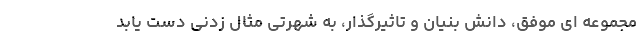
مجموعه ای موفق، دانش بنیان و تاثیرگذار، به شهرتی مثال زدنی دست یابد